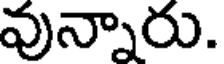
వున్నారు.